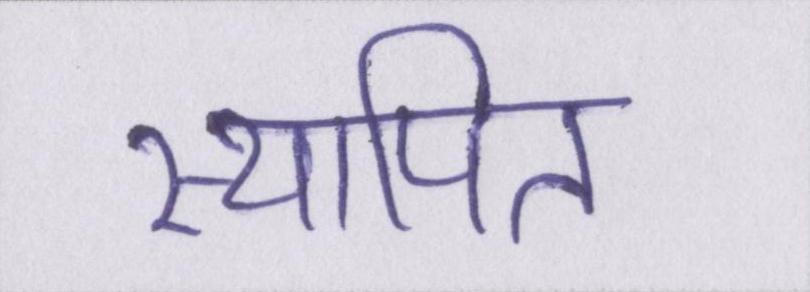
स्थापित